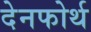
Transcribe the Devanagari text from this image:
देनफोर्थ